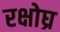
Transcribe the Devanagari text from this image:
रक्षोघ्र